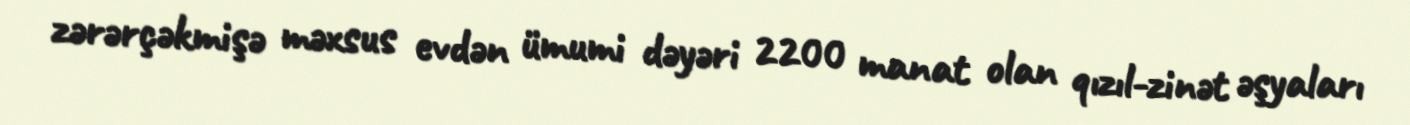
zərərçəkmişə məxsus evdən ümumi dəyəri 2200 manat olan qızıl-zinət əşyaları